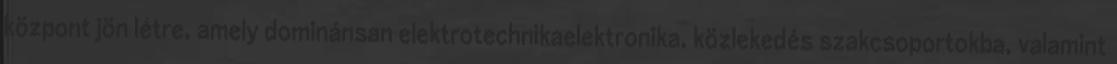
központ jön létre, amely dominánsan elektrotechnikaelektronika, közlekedés szakcsoportokba, valamint